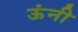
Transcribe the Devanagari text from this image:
ऊंनी